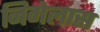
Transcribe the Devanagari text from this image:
निगेलास